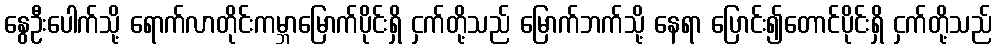
နွေဦးပေါက်သို့ ရောက်လာတိုင်းကမ္ဘာမြောက်ပိုင်းရှိ ငှက်တို့သည် မြောက်ဘက်သို့ နေရာ ပြောင်း၍တောင်ပိုင်းရှိ ငှက်တို့သည်